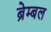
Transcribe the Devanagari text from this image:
ब्रेम्बल